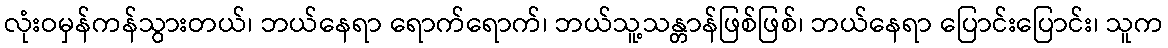
လုံးဝမှန်ကန်သွားတယ်၊ ဘယ်နေရာ ရောက်ရောက်၊ ဘယ်သူ့သန္တာန်ဖြစ်ဖြစ်၊ ဘယ်နေရာ ပြောင်းပြောင်း၊ သူက